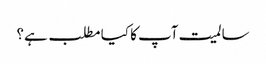
سالمیت آپ کا کیا مطلب ہے؟